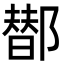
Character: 䣠